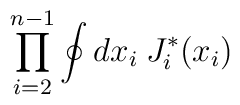
\prod_{i=2}^{n-1} \oint d x_i \> J^*_i (x_i )